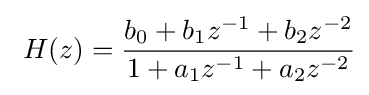
\ H(z)={\frac {b_{0}+b_{1}z^{-1}+b_{2}z^{-2}}{1+a_{1}z^{-1}+a_{2}z^{-2}}}